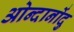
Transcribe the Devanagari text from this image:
ओन्दानोंदु